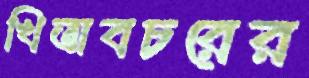
খিতাবচরের